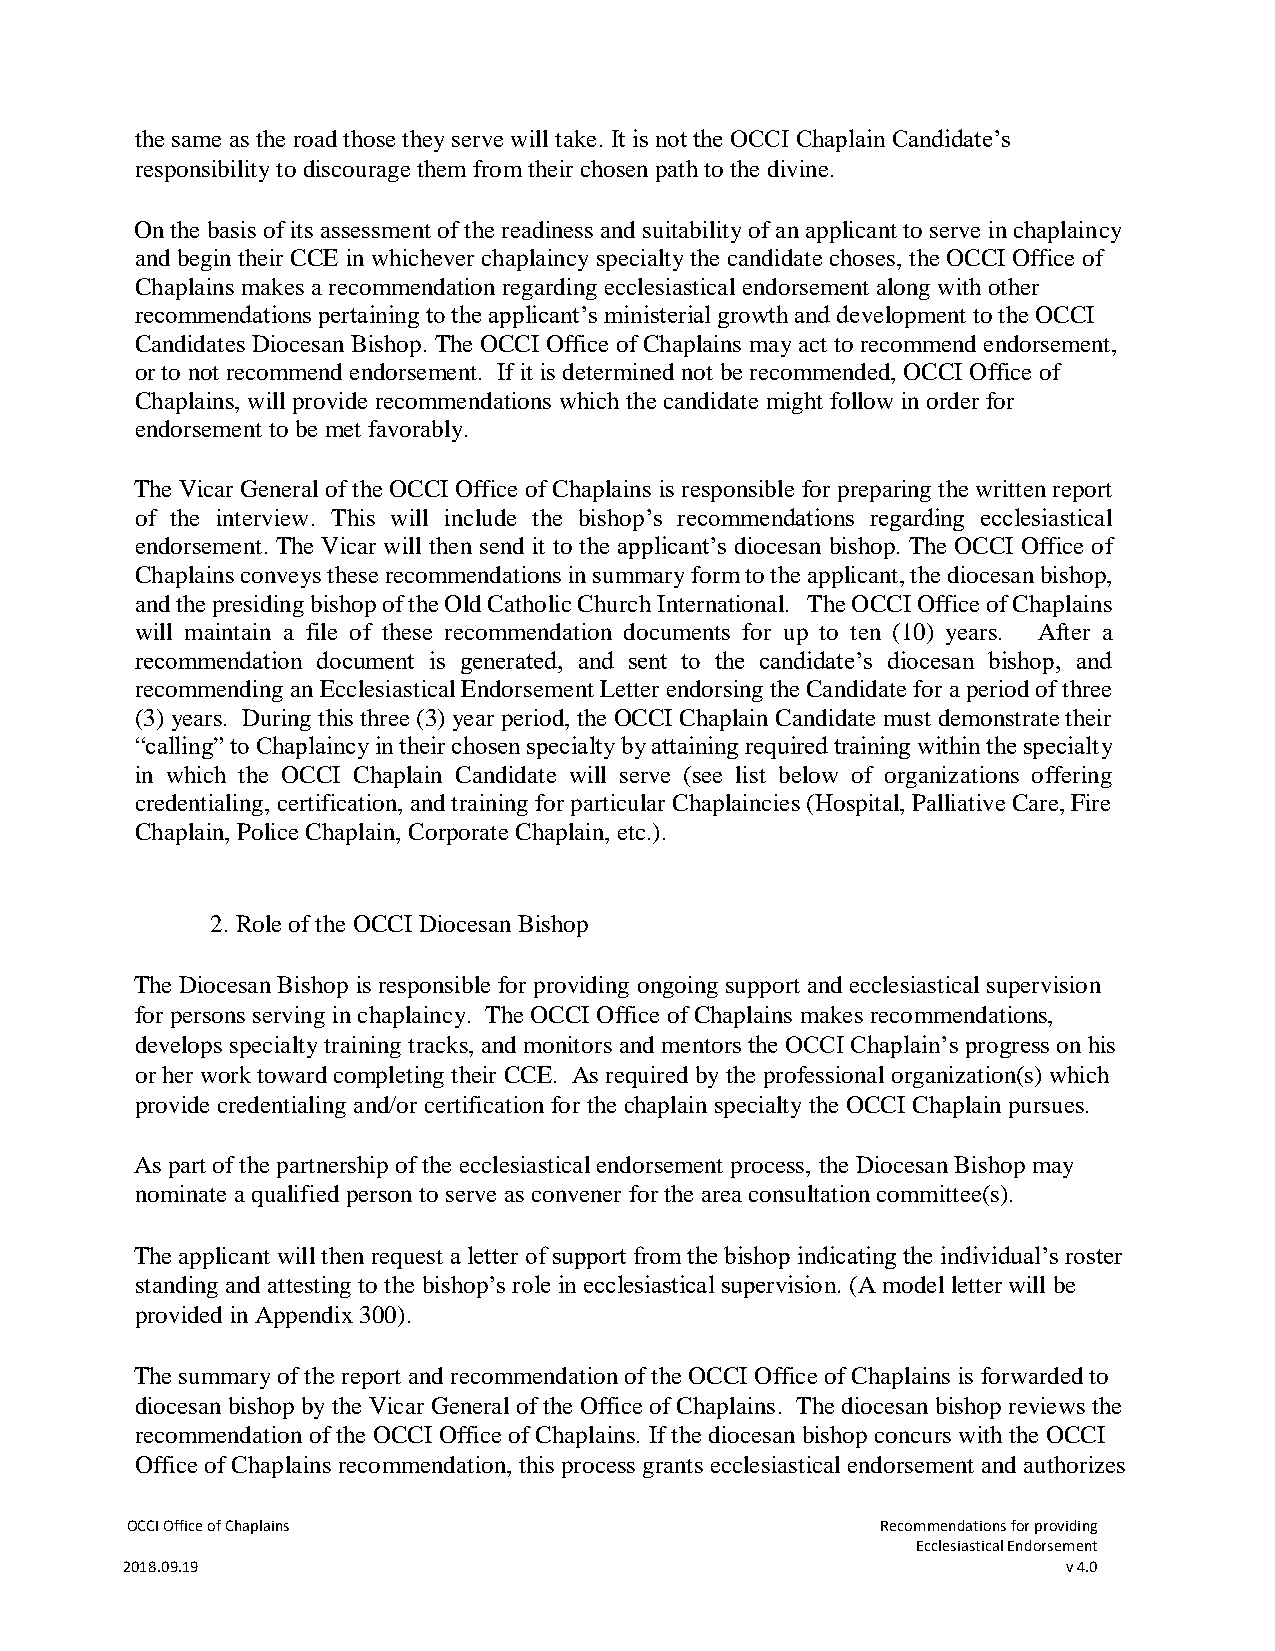
the same as the road those they serve will take. It is not the OCCI Chaplain Candidate’s
 responsibility to discourage them from their chosen path to the divine.
 On the basis of its assessment of the readiness and suitability of an applicant to serve in chaplaincy
 and begin their CCE in whichever chaplaincy specialty the candidate choses, the OCCI Office of
 Chaplains makes a recommendation regarding ecclesiastical endorsement along with other
 recommendations pertaining to the applicant’s ministerial growth and development to the OCCI
 Candidates Diocesan Bishop. The OCCI Office of Chaplains may act to recommend endorsement,
 or to not recommend endorsement. If it is determined not be recommended, OCCI Office of
 Chaplains, will provide recommendations which the candidate might follow in order for
 endorsement to be met favorably.
 The Vicar General of the OCCI Office of Chaplains is responsible for preparing the written report
 of the interview. This will include the bishop’s recommendations regarding ecclesiastical
 endorsement. The Vicar will then send it to the applicant’s diocesan bishop. The OCCI Office of
 Chaplains conveys these recommendations in summary form to the applicant, the diocesan bishop,
 and the presiding bishop of the Old Catholic Church International. The OCCI Office of Chaplains
 will maintain a file of these recommendation documents for up to ten (10) years. After a
 recommendation document is generated, and sent to the candidate’s diocesan bishop, and
 recommending an Ecclesiastical Endorsement Letter endorsing the Candidate for a period of three
 (3) years. During this three (3) year period, the OCCI Chaplain Candidate must demonstrate their
 “calling” to Chaplaincy in their chosen specialty by attaining required training within the specialty
 in which the OCCI Chaplain Candidate will serve (see list below of organizations offering
 credentialing, certification, and training for particular Chaplaincies (Hospital, Palliative Care, Fire
 Chaplain, Police Chaplain, Corporate Chaplain, etc.).
 2. Role of the OCCI Diocesan Bishop
 The Diocesan Bishop is responsible for providing ongoing support and ecclesiastical supervision
 for persons serving in chaplaincy. The OCCI Office of Chaplains makes recommendations,
 develops specialty training tracks, and monitors and mentors the OCCI Chaplain’s progress on his
 or her work toward completing their CCE. As required by the professional organization(s) which
 provide credentialing and/or certification for the chaplain specialty the OCCI Chaplain pursues.
 As part of the partnership of the ecclesiastical endorsement process, the Diocesan Bishop may
 nominate a qualified person to serve as convener for the area consultation committee(s).
 The applicant will then request a letter of support from the bishop indicating the individual’s roster
 standing and attesting to the bishop’s role in ecclesiastical supervision. (A model letter will be
 provided in Appendix 300).
 The summary of the report and recommendation of the OCCI Office of Chaplains is forwarded to
 diocesan bishop by the Vicar General of the Office of Chaplains. The diocesan bishop reviews the
 recommendation of the OCCI Office of Chaplains. If the diocesan bishop concurs with the OCCI
 Office of Chaplains recommendation, this process grants ecclesiastical endorsement and authorizes
 OCCI Office of Chaplains                          Recommendations for providing
 Ecclesiastical Endorsement
 2018.09.19                                                     v 4.0